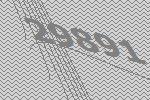
29891